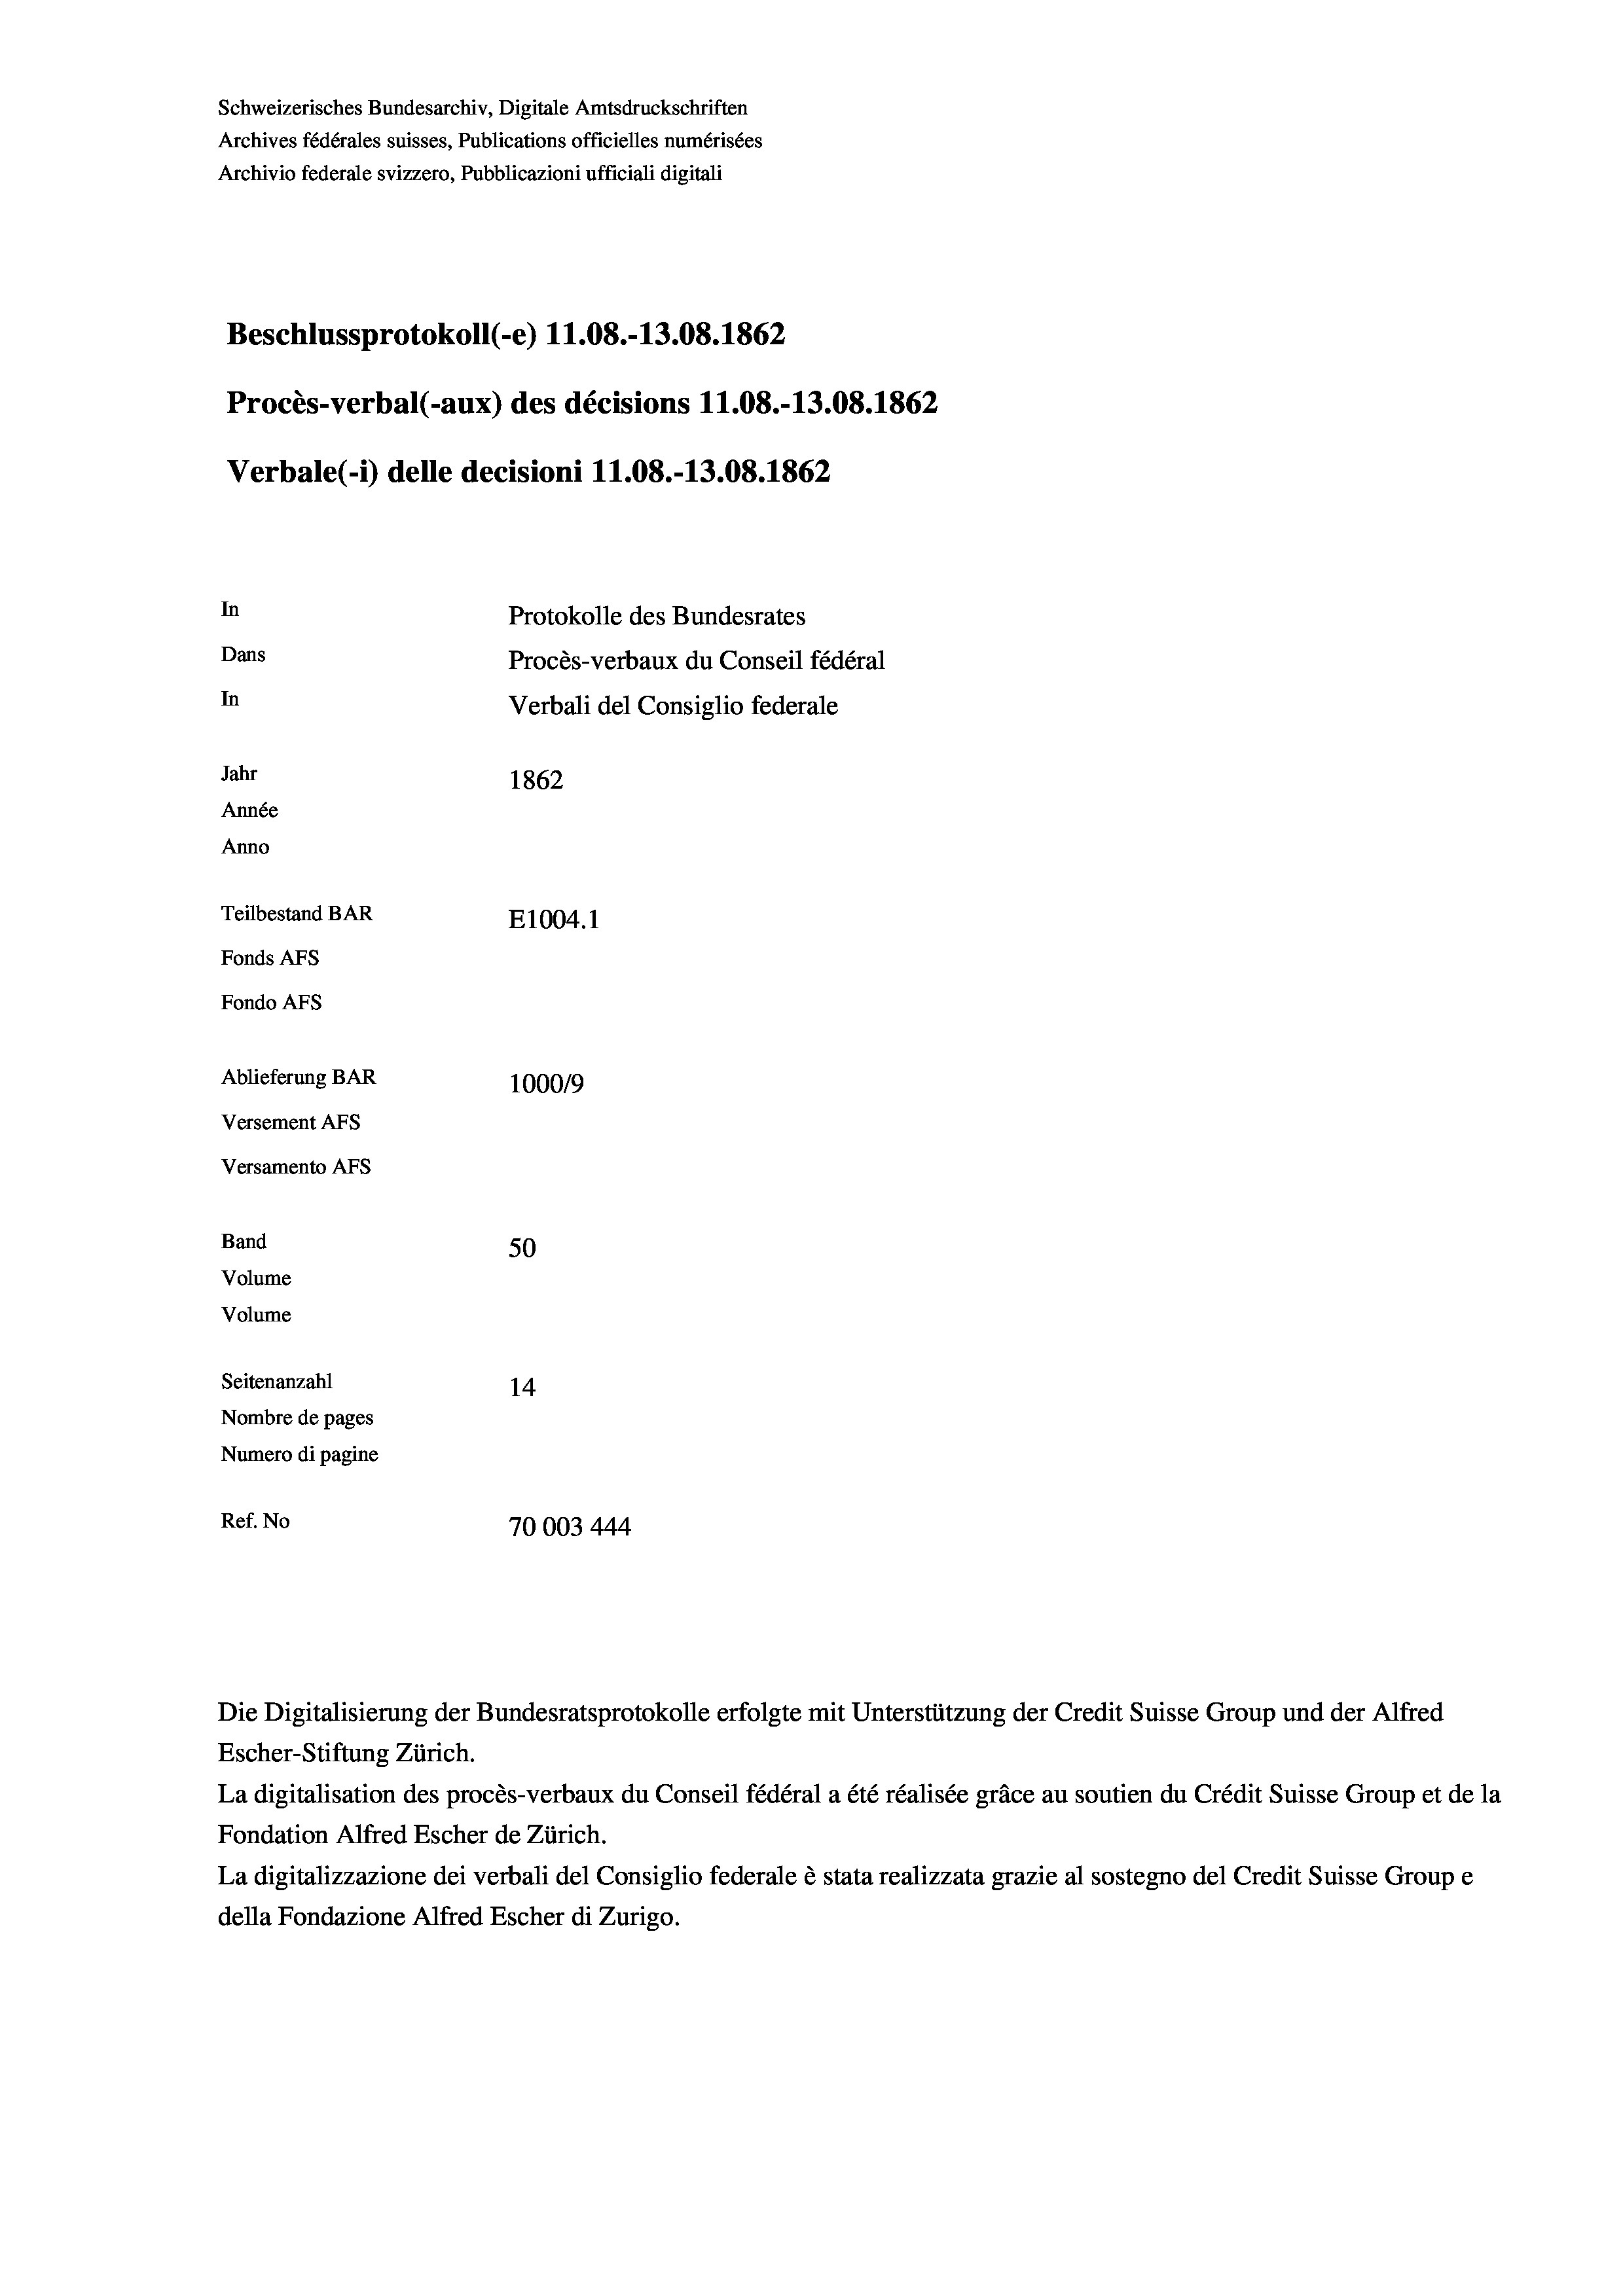
Schweizerisches Bundesarchiv, Digitale Amtsdruckschriften
Archives fédérales suisses, Publications officielles numérisées
Beschlussprotokoll (-e) 11.08.-13.08. 1862
Procès-verbal (-aux) des décisions 11.08.-13.08. 1862
Verbale (- 1) delle decisioni 11.08.-13.08. 1862
In
Protokolle des Bundesrates
Dans
Procès-verbaux du Conseil fédéral
In
Verbali del Consiglio federale
Jahr
1862
Année
Anno
Teilbestand BAR
E1004. 1
Fonds AFs
Fondo AFS
Ablieferung BAR
100019
Versement AFs
Versamento Afs

50
Volume
Volume
Seitenanzahl
14
Nombre de pages
Numero di pagine
Ref. No
70003444

Band

Escher-Stiftung Zürich.
La digitalisation des procès-verbaux du Conseil fédéral a été réalisée gräce au soutien du Crédit Suisse Group et de la
Fondation Alfred Escher de Zürich.
La digitalizzazione dei verbali del Consiglio federale è stata realizzata grazie al sostegno del Credit Suisse Groupe
della Fondazione Alfred Escher di Zurigo.

Archivio federale svizzero, Pubblicazioni ufficiali digitali

Die Digitalisierung der Bundesratsprotokolle erfolgte mit Unterstützung der Credit Suisse Group und der Alfred